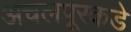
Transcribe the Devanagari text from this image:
अचलपूरकडे